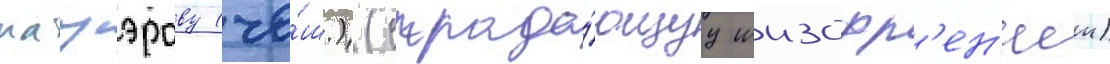
мауэрову (че́ш.) (страда́ющуу шизофр'ен'иеи)